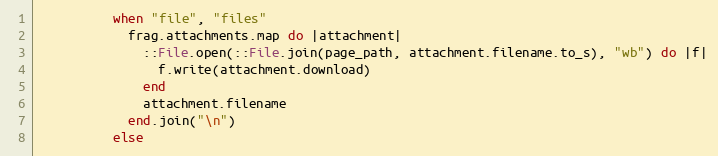
Language: Ruby
          when "file", "files"
            frag.attachments.map do |attachment|
              ::File.open(::File.join(page_path, attachment.filename.to_s), "wb") do |f|
                f.write(attachment.download)
              end
              attachment.filename
            end.join("\n")
          else